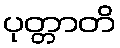
ပုတ္တာတိ